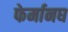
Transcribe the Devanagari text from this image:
फेर्मानघ